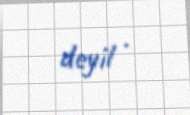
deyil .